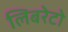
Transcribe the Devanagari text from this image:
लिबरेटो